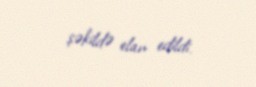
şəkildə elan edildi.